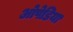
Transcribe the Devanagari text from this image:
ओपेडिया